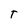
Character: t